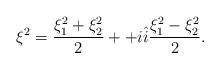
LaTeX: \begin{align*}\xi^2=\frac{\xi_1^2+\xi_2^2}{2}++i\hat{i}\frac{\xi_1^2-\xi_2^2}{2}.\end{align*}